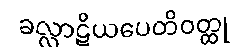
ခလ္လာဋိယပေတိဝတ္ထု